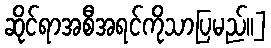
ဆိုင်ရာအစီအရင်ကိုသာပြမည်၊၊]